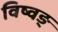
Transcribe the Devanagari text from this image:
विष्वङ्